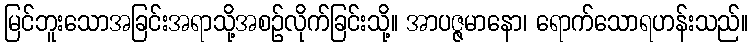
မြင်ဘူးသောအခြင်းအရာသို့အစဉ်လိုက်ခြင်းသို့။ အာပဇ္ဇမာနော၊ ရောက်သောရဟန်းသည်။